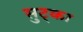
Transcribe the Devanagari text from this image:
सुट्का